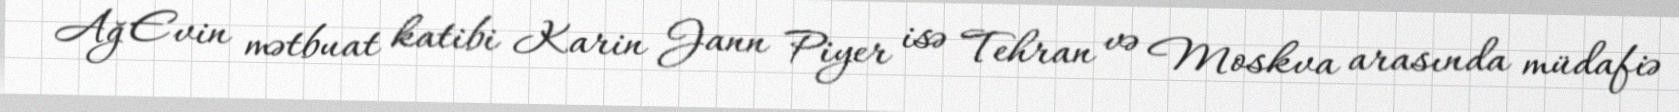
Ağ Evin mətbuat katibi Karin Jann Piyer isə Tehran və Moskva arasında müdafiə